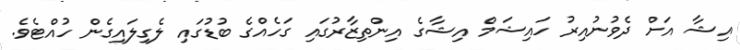
އިޝާ އަށް ދެވުނުއިރު ހައިޝަމް އިޝާގެ އިންތިޒާރުގައި ގަހެއްގެ ބުޑުގައި ލެގިލައިގެން ހުއްޓެވެ.